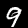
Digit: 9